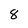
Character: 8